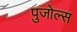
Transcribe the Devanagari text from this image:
पुजोल्स